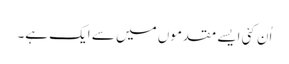
اُن کئی ایسے مقدموں میں سے ایک ہے۔